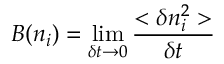
B ( n _ { i } ) = \operatorname* { l i m } _ { \delta t \to 0 } \frac { < \delta n _ { i } ^ { 2 } > } { \delta t }